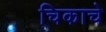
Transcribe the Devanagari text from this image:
चिकाचे